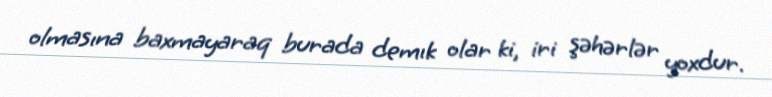
olmasına baxmayaraq burada demık olar ki, iri şəhərlər yoxdur.